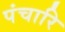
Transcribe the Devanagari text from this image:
पंचारि